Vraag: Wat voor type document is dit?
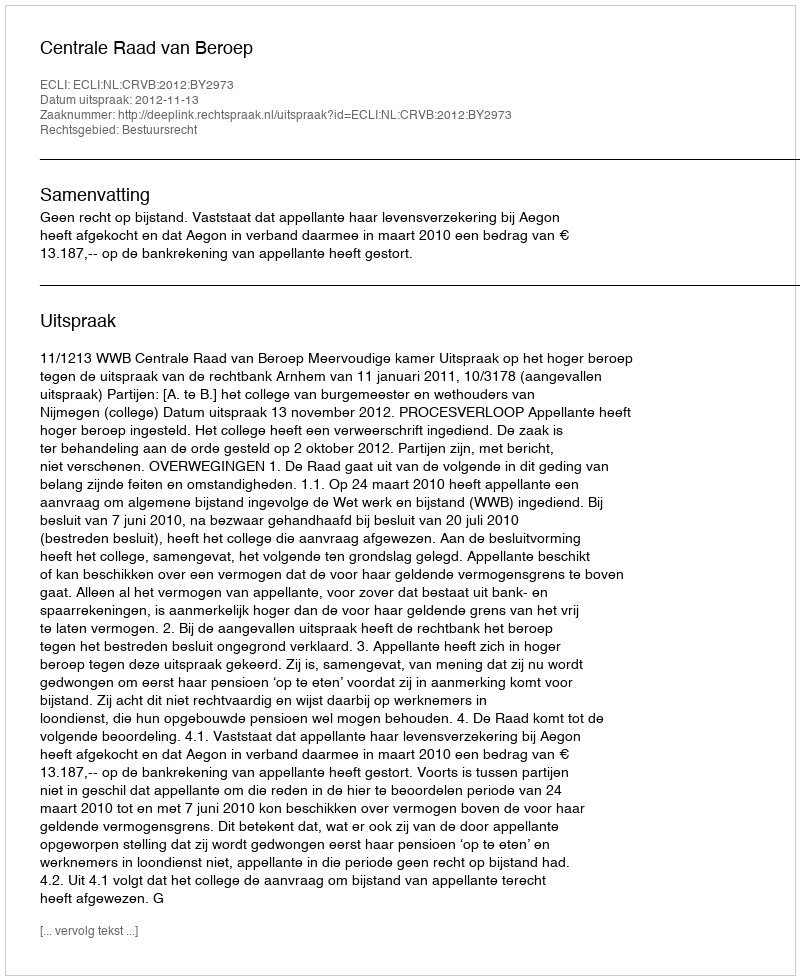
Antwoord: Uitspraak